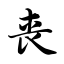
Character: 丧